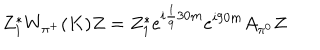
Z _ { 1 } ^ { * } W _ { \pi ^ { + } } ( K ) Z = Z _ { 1 } ^ { * } e ^ { i \frac 1 9 3 0 m } e ^ { i 9 0 m } A _ { \pi ^ { 0 } } Z